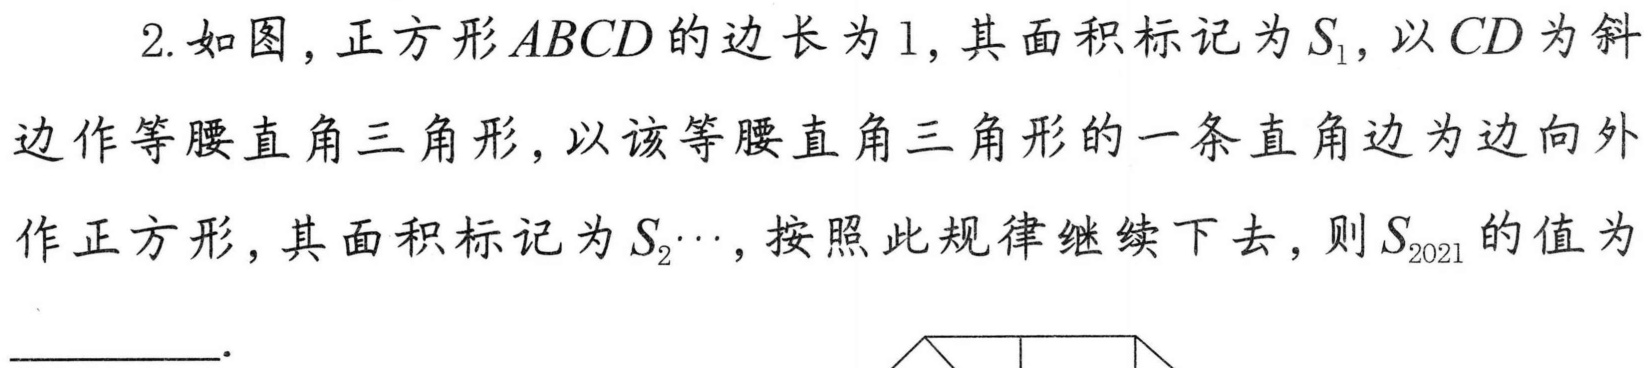
2. 如图，正方形\(ABCD\)的边长为1，其面积标记为\(S_{1}\)，以\(CD\)为斜边作等腰直角三角形，以该等腰直角三角形的一条直角边为边向外作正方形，其面积标记为\(S_{2}\cdots\)，按照此规律继续下去，则\(S_{2021}\)的值为  ．